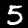
Label: 5